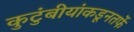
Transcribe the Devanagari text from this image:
कुटुंबीयांकडूनतर्फे